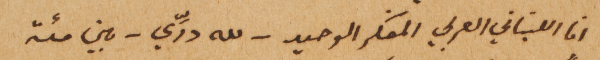
انا اللبناني العربي المفكر الوحيد - لله درِّي – بين مئة